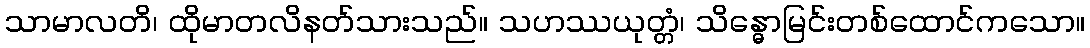
သာမာလတိ၊ ထိုမာတလိနတ်သားသည်။ သဟဿယုတ္တံ၊ သိန္ဓောမြင်းတစ်ထောင်ကသော။